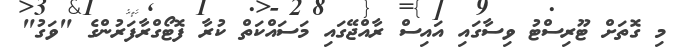
މި ގޮތަށް ޓޫރިސްޓު ވިސާގައި އައިސް ރާއްޖޭގައި މަސައްކަތް ކުރާ ފޮޓޯގްރާފަރުންގެ "ވަގު"